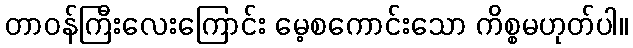
တာဝန်ကြီးလေးကြောင်း မေ့စကောင်းသော ကိစ္စမဟုတ်ပါ။